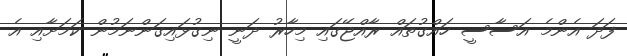
ފަދަ އެންމެ އަސާސީ ހައްގުތައް ރާއްޖޭގައި މިހާރު ދަނީ ނިގުޅައިގަންނަމުން ކަމަށާއި އެ